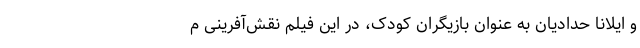
و ایلانا حدادیان به عنوان بازیگران کودک، در این فیلم نقش‌آفرینی م